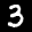
Label: 3